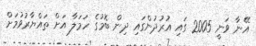
އޭނާ ވަނީ 2005 ގައި އުރުދުންގައި ދިން ބޮމުގެ ހަމަލާ އަށް ތައްޔާރުވުމަށް